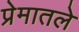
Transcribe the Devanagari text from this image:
प्रेमातले